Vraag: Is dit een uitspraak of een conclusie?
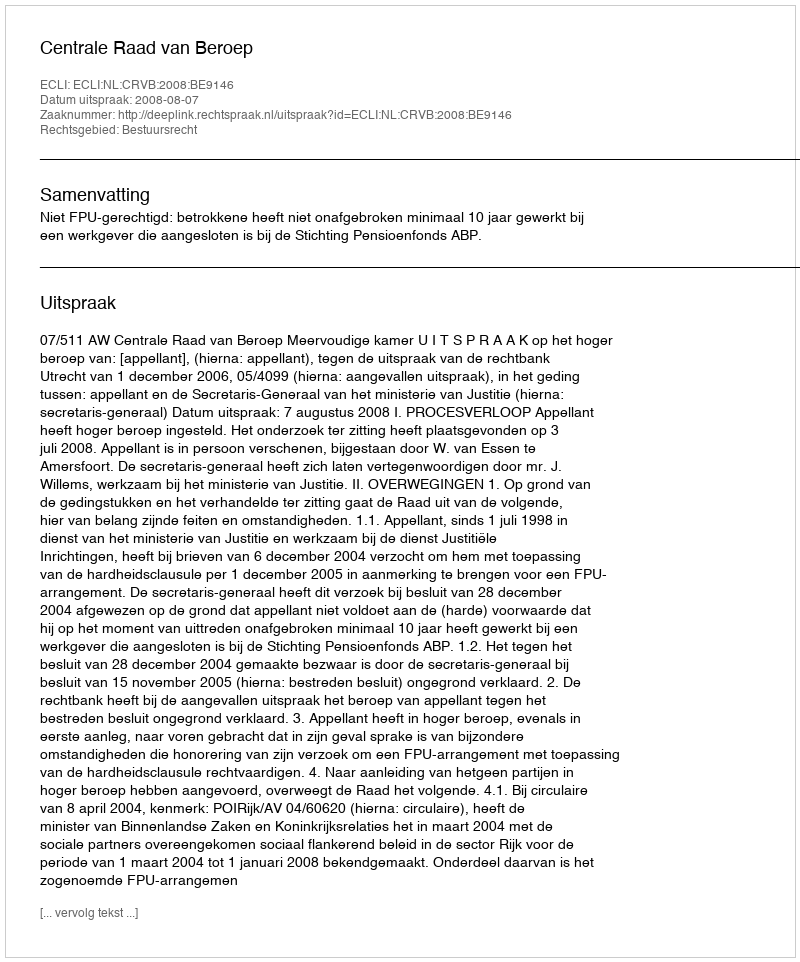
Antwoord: Uitspraak